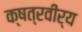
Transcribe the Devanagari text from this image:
क्षत्रवीर्य